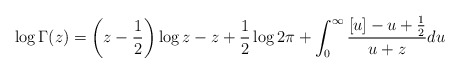
\begin{align*} \log{\Gamma(z)} = \left(z - \frac{1}{2}\right)\log{z} - z + \frac{1}{2}\log{2\pi} + \int_0^\infty \frac{[u] - u + \frac{1}{2}}{u + z} du\end{align*}